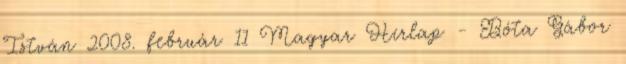
István 2008. február 11 Magyar Hírlap - Bóta Gábor